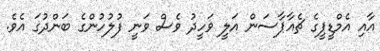
އާއި އެމްޑީޕީގެ ޗެއާޕާސަން އަލީ ވަހީދު ވެސް ވަނީ ފުލުހުންގެ ބަންދުގަ އެެވެ.